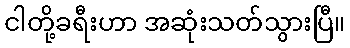
ငါတို့ခရီးဟာ အဆုံးသတ်သွားပြီ။